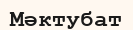
Мәктубат